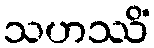
သဟဿိံ